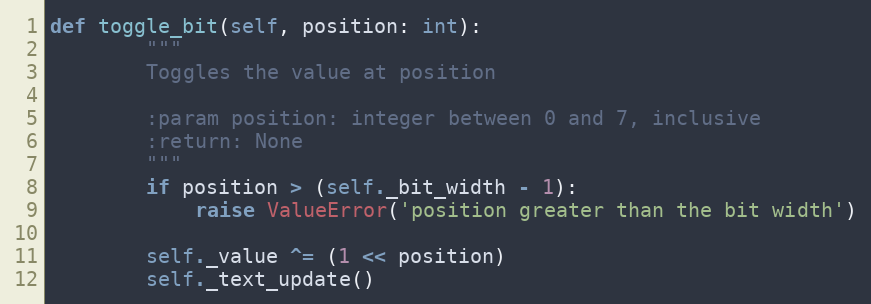
Language: Python
def toggle_bit(self, position: int):
        """
        Toggles the value at position

        :param position: integer between 0 and 7, inclusive
        :return: None
        """
        if position > (self._bit_width - 1):
            raise ValueError('position greater than the bit width')

        self._value ^= (1 << position)
        self._text_update()